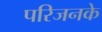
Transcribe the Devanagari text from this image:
परिजनके